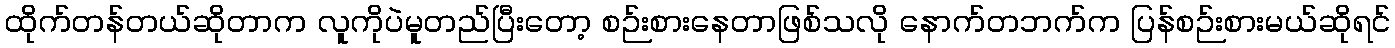
ထိုက်တန်တယ်ဆိုတာက လူကိုပဲမူတည်ပြီးတော့ စဉ်းစားနေတာဖြစ်သလို နောက်တဘက်က ပြန်စဉ်းစားမယ်ဆိုရင်